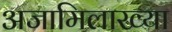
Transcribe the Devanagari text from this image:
अजामिलाख्या